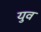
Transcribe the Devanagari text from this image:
युव